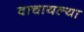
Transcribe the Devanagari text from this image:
वाचायल्या